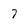
Character: 7